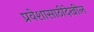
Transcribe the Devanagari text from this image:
प्रवेशासाठीदेखील